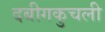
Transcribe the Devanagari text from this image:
दबीगकुचली